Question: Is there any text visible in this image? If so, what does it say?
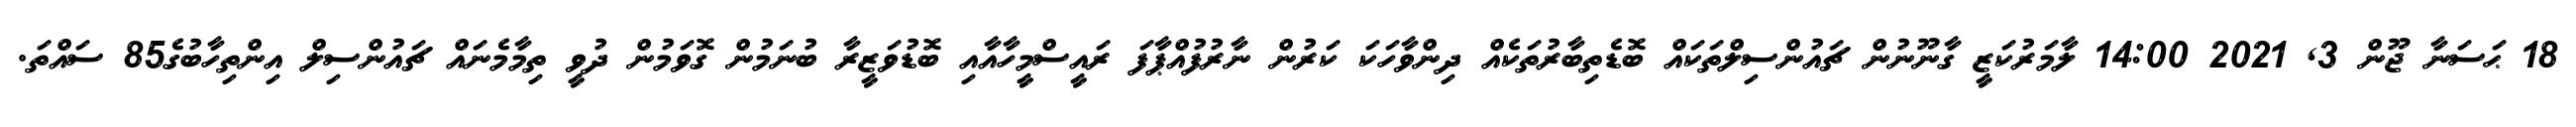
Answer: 18 ޙަސަނާ ޖޫން 3, 2021 14:00 ލާމަރުކަޒީ ގާނޫނުން ޗައުންސިލްތަކައް ބޮޑެތިބާރުތަކެއް ދިންވާހަކަ ކަރުން ނާރުފުއްޕާފަ ރައީސްމީހާއާއި ބޮޑުވަޒީރާ ބުނަމުން ގޮވަމުން ދުވީ ތިމާމެނައް ޗައުންސިލް އިންތިހާބުގެ85 ސައްތަ.